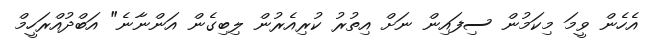
އެހެން ވީމަ މިކަމުން ސިފައިން ނަށް އިތުރު ކުރިއެރުން ލިބިގެން އަންނާނެ" އަބްދުއްރަހީމް